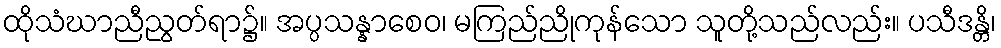
ထိုသံဃာညီညွတ်ရာ၌။ အပ္ပသန္နာစေဝ၊ မကြည်ညိုကုန်သော သူတို့သည်လည်း။ ပသီဒန္တိ၊